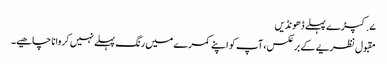
۷. کپڑے پہلے ڈھونڈیں
مقبول نظریے کے برعکس، آپ کو اپنے کمرے میں رنگ پہلے نہیں کروانا چاھیے۔